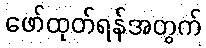
ဖော်ထုတ်ရန်အတွက်